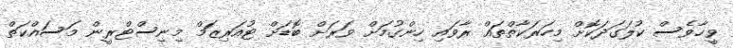
ވީހާވެސް ކުލަގަދަކޮށް މިހަރަކާތްތައް ރާވައި ހިންގުމަށް ވަރަށް ބޮޑަށް ޓުއަރިޒަމް މިނިސްޓްރީން މަސައްކަތް